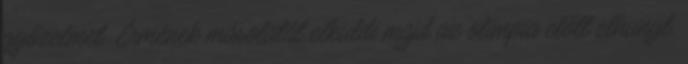
győzelmet. Érmének másolatát elküldi majd az olimpia előtt elhunyt,